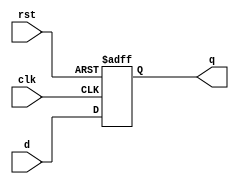
module d_flip_flop(
  input wire clk,  // Clock input
  input wire rst,  // Reset input
  input wire d,    // Data input
  output reg q     // Output
);
  always @(posedge clk or posedge rst) begin
    if (rst) begin
      // Reset the flip-flop
      q <= 1'b0;
    end else begin
      // Positive-edge triggered flip-flop behavior
      q <= d;
    end
  end
endmodule

module piso_shift_register(
  input wire clk,          // Clock input
  input wire rst,          // Reset input
  input wire [3:0] parallel_in,  // 4-bit parallel input
  input wire shift_en,     // Shift enable input
  output wire serial_out   // Serial output
);

  reg [3:0] shift_reg;   // 4-bit shift register
  wire [3:0] d_flip_flop_outputs; // Temp variable to store flip-flop outputs

  // Instantiate the d_flip_flop modules
  d_flip_flop dff0 (.clk(clk), .rst(rst), .d(parallel_in[0]), .q(d_flip_flop_outputs[0]));
  d_flip_flop dff1 (.clk(clk), .rst(rst), .d(shift_en ? d_flip_flop_outputs[0] : parallel_in[1]), .q(d_flip_flop_outputs[1]));
  d_flip_flop dff2 (.clk(clk), .rst(rst), .d(shift_en ? d_flip_flop_outputs[1] : parallel_in[2]), .q(d_flip_flop_outputs[2]));
  d_flip_flop dff3 (.clk(clk), .rst(rst), .d(shift_en ? d_flip_flop_outputs[2] : parallel_in[3]), .q(d_flip_flop_outputs[3]));

  // Output assignment
  assign serial_out = shift_en ? d_flip_flop_outputs[3] : parallel_in[3];

  // Shift operation in non-blocking assignments
  always @(posedge clk or posedge rst) begin
    if (rst) begin
      // Reset the shift register
      shift_reg <= 4'b0000;
    end else if (shift_en) begin
      // Shift operation
      shift_reg <= {shift_reg[2:0], parallel_in[3]};
    end
  end

endmodule